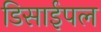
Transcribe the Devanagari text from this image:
डिसाईपल